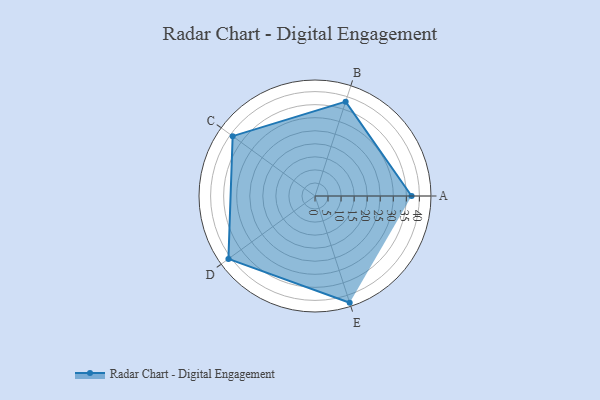
{"axis": {"x": "Skill", "y": "Score"}, "legend": ["Profile"], "data": [{"x": "A", "y": 37.0, "type": "Profile"}, {"x": "B", "y": 38.0, "type": "Profile"}, {"x": "C", "y": 39.0, "type": "Profile"}, {"x": "D", "y": 41.0, "type": "Profile"}, {"x": "E", "y": 43.0, "type": "Profile"}]}